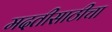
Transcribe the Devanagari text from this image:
मदतीसाठीचा